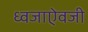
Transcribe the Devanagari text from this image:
ध्वजाऐवजी